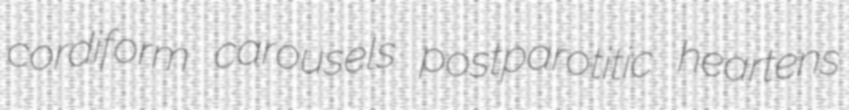
cordiform carousels postparotitic heartens